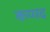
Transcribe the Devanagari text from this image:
कप्पद